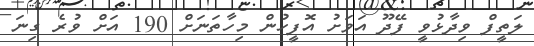
ލަތީފް ވިދާޅުވީ ފޭދޫ އަވަށު އޮފީހުން މިހާތަނަށް 190 އަށް ވުރެ ގިނަ